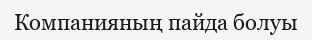
Компанияның пайда болуы